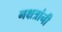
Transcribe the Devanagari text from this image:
नक्षत्रांनी